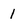
Character: 1